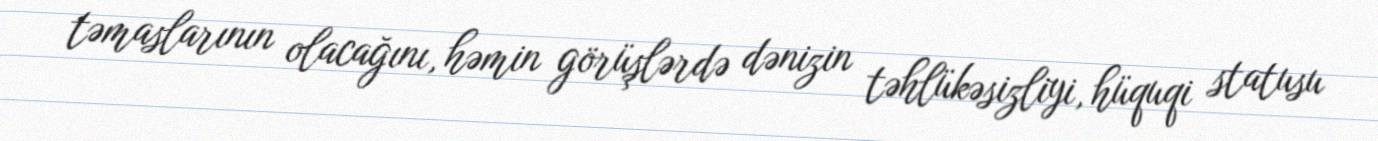
təmaslarının olacağını, həmin görüşlərdə dənizin təhlükəsizliyi, hüquqi statusu